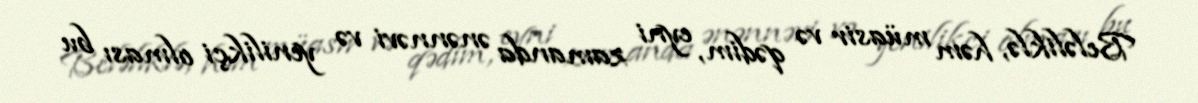
Beləliklə, həm müasir və qədim, eyni zamanda ənənnəvi və yenilikçi olması bu